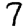
Digit: 7